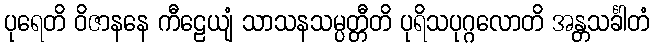
ပုရေတိ ဝိဇာနနေ ကီဠေယျံ သာသနသမ္ပတ္တီတိ ပုရိသပုဂ္ဂလောတိ အန္တသင်္ခါတံ